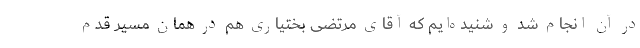
در آن انجام شد و شنیده‌ایم که آقای مرتضی بختیاری هم در همان مسیر قدم